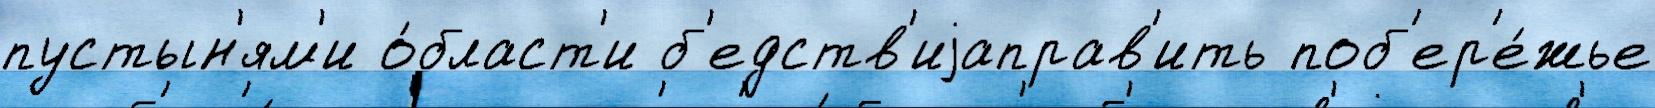
пустын'ям'и о́бласт'и б'едств'иjаправ'ить поб'ер'е́жье